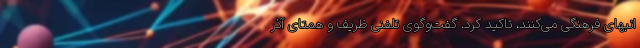
انبهای فرهنگی می‌کنند، تاکید کرد. گفت‌وگوی تلفنی ظریف و همتای آذر